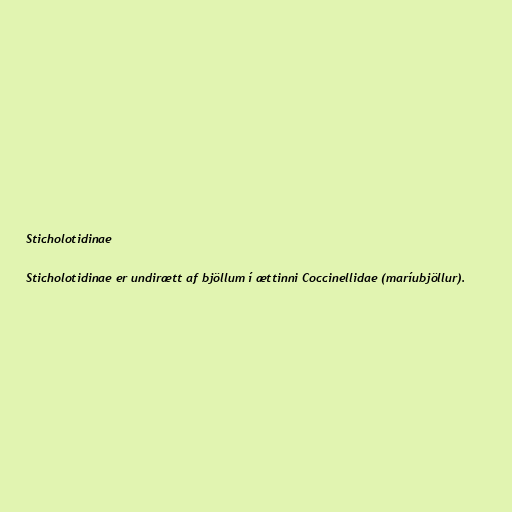
Sticholotidinae

Sticholotidinae er undirætt af bjöllum í ættinni Coccinellidae (maríubjöllur).